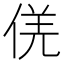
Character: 𠊡